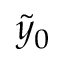
\tilde { y } _ { 0 }